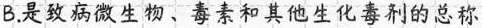
B.是致病微生物、毒素和其他生化毒剂的总称